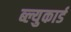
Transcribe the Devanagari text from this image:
ब्ल्युकार्ड